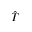
\hat { T }